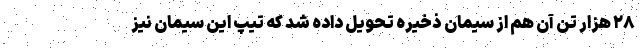
۲۸ هزار تُنِ آن هم از سیمان ذخیره تحویل داده شد که تیپ این سیمان نیز